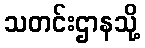
သတင်းဌာနသို့